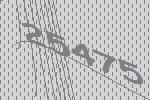
25475